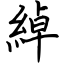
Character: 綽